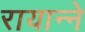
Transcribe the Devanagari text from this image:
रायान्ने